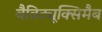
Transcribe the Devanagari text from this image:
बैविट्यूक्सिमैब